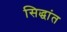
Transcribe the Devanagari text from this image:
सिद्धांत